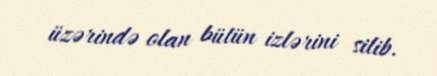
üzərində olan bütün izlərini silib.